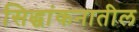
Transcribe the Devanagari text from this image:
सिद्धांकनातील